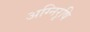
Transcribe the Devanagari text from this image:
अग्निरृषि